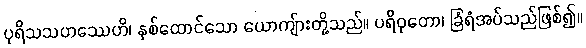
ပုရိသသဟဿေဟိ၊ နှစ်ထောင်သော ယောကျ်ားတို့သည်။ ပရိဝုတော၊ ခြံရံအပ်သည်ဖြစ်၍။